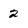
Character: 2